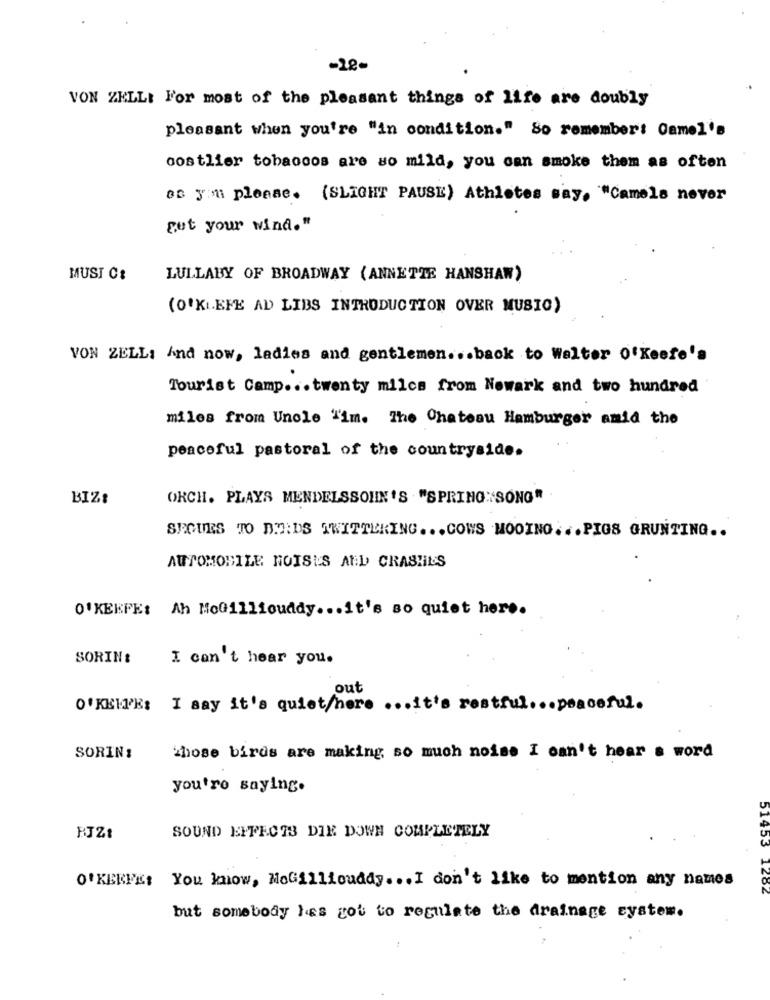
-28-
VON ZELL: For most of the pleasant things of life are doubly
pleasant when you're "in condition." So remember: Camel's
oostlier tobaccos are so mild, you can smoke them as often
as you please. (SLIGHT PAUSE) Athletes say. "Camels never
put your wind."
MUST Ct
LULLABY OF BROADWAY (ANNETTE HANSHAW)
(O'KEEFE AD LIBS INTRODUCTION OVER MUSIC)
VON ZELL: And now, ladies and gentlemen ... back to Walter O'Keefe's
Tourist Camp ... twenty miles from Newark and two hundred
miles from Uncle "im. The Chateau Hamburger amid the
peaceful pastoral of the countryside.
BIZ:
ORCH. PLAYS MENDELSSOHN'S "SPRING SONG"
SEGUES TO BEIDS TWITTERING ... COWS MOOING ... PIGS GRUNTING ..
AUTOMOBILE NOISES AND CRASHILS
O'KEEFE: Ah MoGilliouddy ... it's so quiet here.
SORIN :
I can't hear you.
out
O'KEEFE: I say it's quiet/here ... it's restful ... peaceful.
SORIN:
those birds are making so much noise I can't hear a word
you're saying.
SOUND EFFECTS DIE DOWN COMPLETELY
O'KEEFE: You know, Mcgillicuddy. .. I don't like to mention any names
51453 1202
but somebody has got to regulate the drainage system.